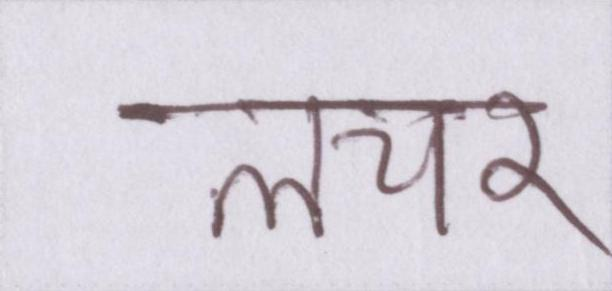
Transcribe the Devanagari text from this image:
लचर